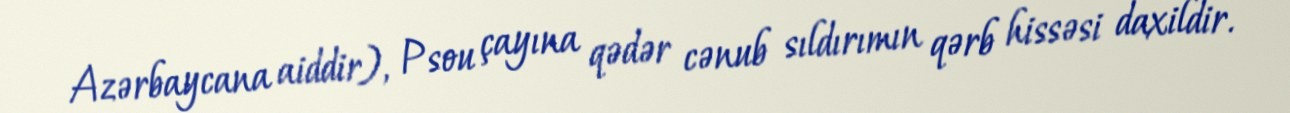
Azərbaycana aiddir), Psou çayına qədər cənub sıldırımın qərb hissəsi daxildir.